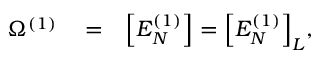
\begin{array} { r l r } { \Omega ^ { ( 1 ) } } & { { } = } & { \Big [ E _ { N } ^ { ( 1 ) } \Big ] = \Big [ E _ { N } ^ { ( 1 ) } \Big ] _ { L } , } \end{array}